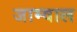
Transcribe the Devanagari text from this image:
जाम्वाल